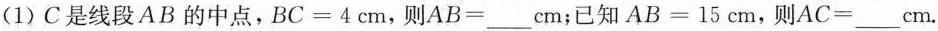
(1)C是线段AB的中点，$$B C = 4 c m$$，则$$A B = ___ c m$$；已知$$A B = 1 5 c m$$，则$$A C = c m$$.